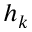
h _ { k }